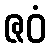
ဇဝံ